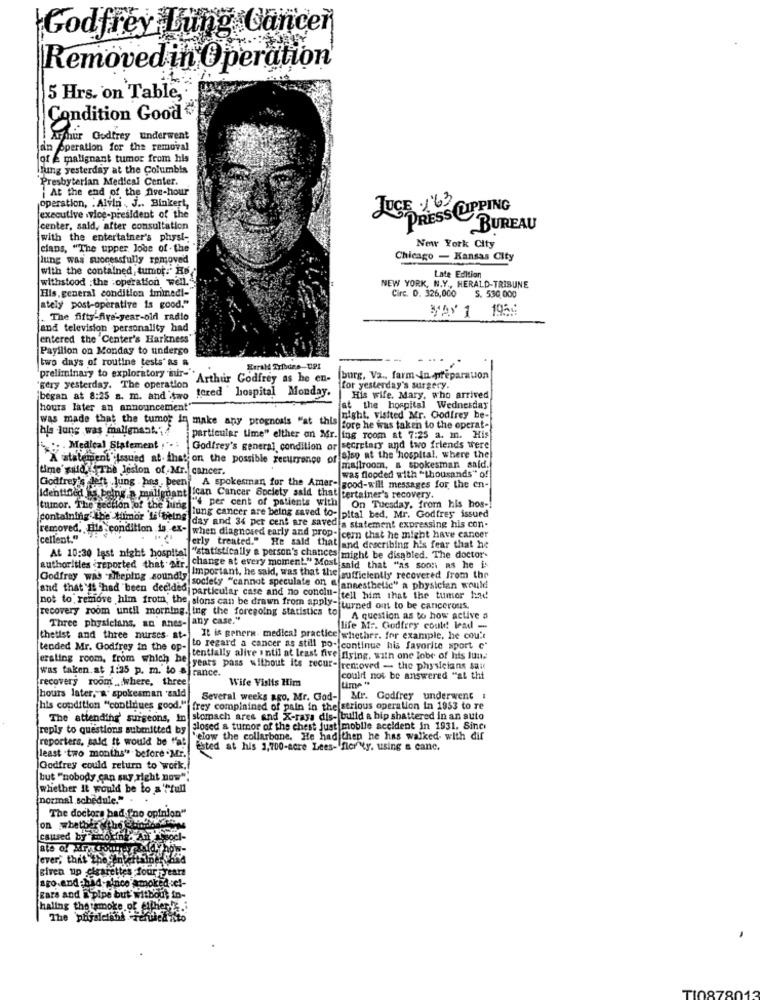
Godfrey Lung Cancer
Removed in Operation
5 Hrs. on Table,
Condition Good
Arthur Godfrey underwent
an operation for the removal
of _ malignant tumor from his
Hlung yesterday at the Columbis
Presbyterian Medical Center.
¡ At the end of the five-hour
operation, . Alvin . J .. Binkert,
JUCE 4.63
PRESS CUPPING
executive vice-president of the
center, sald, after consultation
BUREAU
with the entertainer's physi-
clans, "The upper Jone of - the
New York City
lung was successfully removed
Chicago - Kansas City
with the contained, tumot. Hs
Late Edition
withstood :the :operation well.
NEW YORK, N.Y ., HERALD-TRIBUNE
Circ. D. 326,000
S. 530,000
His, general condition iminedi-"
ately post-operative is good."
195:
The fifty-five-year-old radio
and television personality had
entered the 'Center's Harkness'
Pavilion on Monday to undergo
two days of routine tests" as a
preliminary to exploratory mir-
"Arthur Godfrey as he en-
burg, Va ., farm in preparation
"gery yesterday. The operation
tered hospital Monday.
for yesterday's surgery.
began at 8:25 a. m. and two
His wife. Mary, who arrived
hours later an announcement'
at the hospital Wednesday
was made that the tumor in make any prognosis "at this
night. visited Mr. Godfrey be-
his lung was malignant .;
Bore he was taken to the operat-
particular time" elther on Mr. ing room at 7:25 a. m. His
Medical Statement ...
Godfrey's general condition or secretary and two friends were
A statement'tasued at. that on the possible recurrence of also at the hospital, where the
time' said. . The lesion of Mr. cancer.
mailroom, a spokesman said.
was flooded with "thousands" of
Godfrey' } lett .Jung . has, been" A spokesman for the Amar- good-will messages for, the en-
Identined Da BS
being a malignant |ican Cancer Society said that certainer's recovery.
"per cent of patients with
tumor. The section of the lung
On Tuesday, from his hos-
containing' the tumor 'li beins
lung cancer are being saved to- pital bed, Mr. Godfrey issued
day and 34 per cent are saved a statement expressing his con-
removed. Ells condition is, ex- when diagnosed early and prop-icern that he might have cancer
cellent."
ferly treated." He said that and describing h's fear that he
At 10:30 last night hospital "statistically a person's chances might be disabled. The doctor-
authorities reported that Mir.
change at every moment." Most said that "as soon as he is
Godfrey was sheping soundis
Important, he said, was that the sufficiently recovered from the
society "cannot speculate on & anaesthetic" a physician would
and that I had been decided particular case and no conclu-[tell him that the tumor hne!
recovery room until morning. ing the foregoing statistics to
not to remove him from, the sions can be drawn from apply- turned out to be cancerous.
Three physicians, an anes- any case."
A question as to how active a
life Mr. Godfrey could lead -
thetist and three nurses at- It is generw- medical practice whether. for example, he cou't
tended Mr. Godfrey in the op-
to regard a cancer as still po- continue his favorite sport c'
erating room, from which he
tentially alive intil at least five flying, with one lobe of his lun
was taken at 1:25 p. m. to &france.
e years pass without its recur- removed - the physicians sau
[recovery room ... where, three
Wife Vislts Him
could not be answered "al thi
hours later,"a spokesman 'sald
Several weeks ago, Mr. God- Mr. Godfrey underwent .
This condition "continues good." frey compinined of pain in the strious operation in 1953 to re
The attending' surgeons, In stomach ares and X-rays dis- build & hip shattered in an auto
reply to questions submitted by
closed a tumor of the chest just mobile accident in 1931. Sinci
reporters, said it would be "at
below the collarbone. He had then he has walked with dif
sted at his 3,700-acre Lees- fler"ty, using & canc.
least two months" before .Mr.
Godfrey could return to work.
[but "nobody can say right now"
whether it would be to a'"full
(normal schedule." .
The doctors bad "no opinion"
caused by Looking.An
ever, that the entertainer She'd
given up cigarettes four -year
ago.and-bad-since amokedvel-
cars and a pipe but without in-
haling the smoke of eitherti
The phjalclank refused to
TI08780